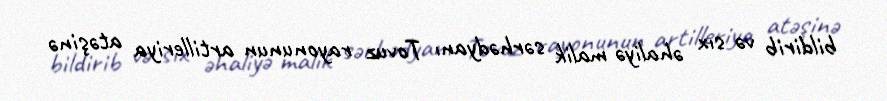
bildirib və sıx əhaliyə malik sərhədyanı Tovuz rayonunun artilleriya atəşinə